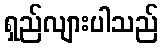
ရှည်လျားပါသည်